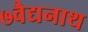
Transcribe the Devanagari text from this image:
७वैद्यनाथ